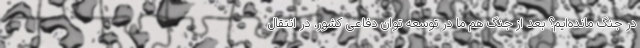
در جنگ مانده‌ایم؟ بعد از جنگ هم ما در توسعه توان دفاعی کشور، در انتقال